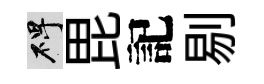
碑毘記剔